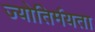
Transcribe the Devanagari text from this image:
ज्योतिर्मयता